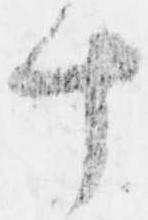
十